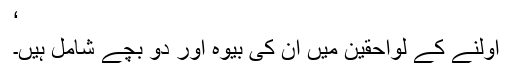
‘
اولنے کے لواحقین میں ان کی بیوہ اور دو بچے شامل ہیں۔